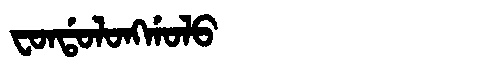
Manchu: ᠸᠣᠨᡩᠣᠯᠣᠩᡤᠣᠯᠣ
Romanization: FONDOLONGGOLO